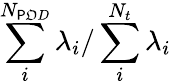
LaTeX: \sum_{i}^{N_{\mathsf{P}\mathfrak{O}D}}\lambda_{i}/\sum_{i}^{N_{t}}\lambda_{i}